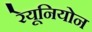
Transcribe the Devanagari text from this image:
रेयूनियोन